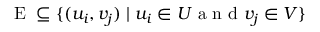
\mathrm { ~ E ~ } \subseteq \{ ( u _ { i } , v _ { j } ) \mid u _ { i } \in U \mathrm { ~ a ~ n ~ d ~ } v _ { j } \in V \}